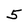
Character: 5